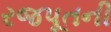
રજપૂતની